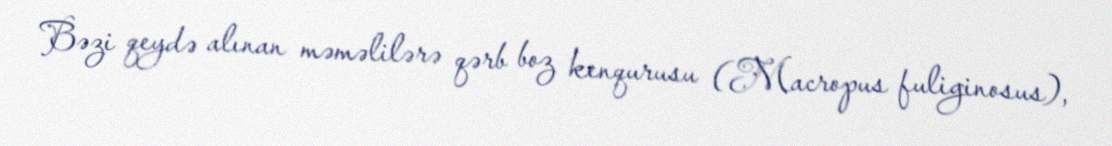
Bəzi qeydə alınan məməlilərə qərb boz kenqurusu (Macropus fuliginosus),